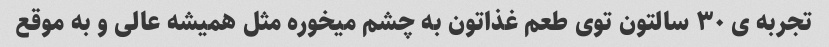
تجربه ی ٣٠ سالتون توی طعم غذاتون به چشم میخوره مثل همیشه عالی و به موقع